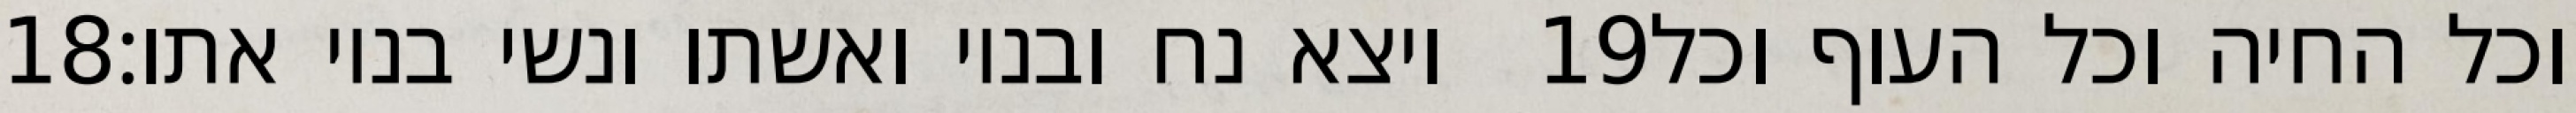
‎18‏ ויצא נח ובניו ואשתו ונשי בניו אתו׃ ‎19‏ וכל החיה וכל העוף וכל